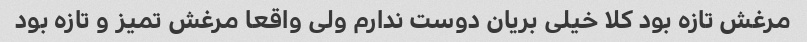
مرغش تازه بود کلا خیلی بریان دوست ندارم ولی واقعا مرغش تمیز و تازه بود